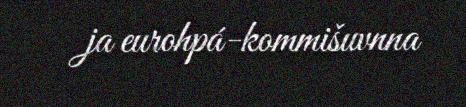
ja eurohpá-kommišuvnna